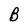
Character: B